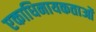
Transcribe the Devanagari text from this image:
एकाधिनायकताओं